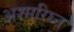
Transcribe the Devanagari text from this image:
अश्मरिघ्न